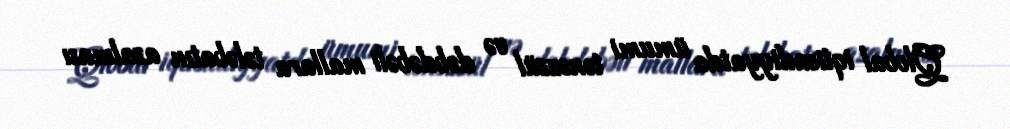
Qlobal iqtisadiyyatda ümumi tənəzzül və dəbdəbəli mallara tələbatın azalması